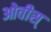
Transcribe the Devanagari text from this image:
ओवीस्